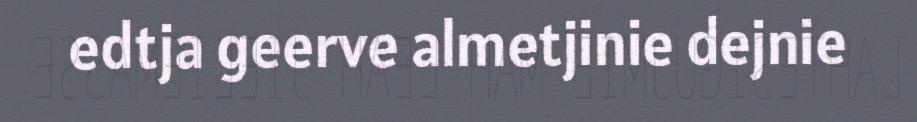
edtja geerve almetjinie dejnie